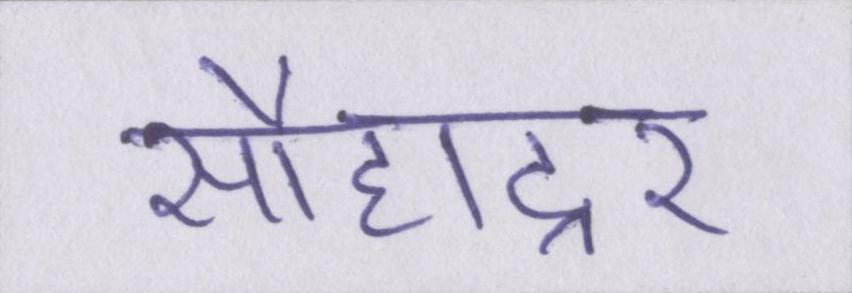
सौहाद्र्र